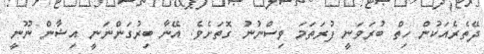
ދޭތެރެއަކުން ހިތް ބުރަވަނީ ފުރަތަމަ ވިސްނުނު ގޮތަށެވެ. އޭނާ ބިރުގަންނަނީ އިޝާން ނޫނީ